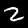
Label: 2